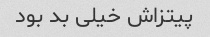
پیتزاش خیلی بد بود